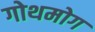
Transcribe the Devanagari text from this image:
गोथमोग